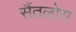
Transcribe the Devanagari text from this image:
सैंतलोस